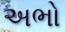
અભો